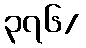
၃၇၆/